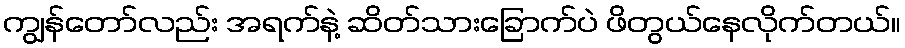
ကျွန်တော်လည်း အရက်နဲ့ ဆိတ်သားခြောက်ပဲ ဖိတွယ်နေလိုက်တယ်။